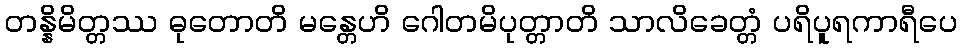
တန္နိမိတ္တဿ ဓုတောတိ မန္တေဟိ ဂေါတမိပုတ္တာတိ သာလိခေတ္တံ ပရိပူရကာရီပေ